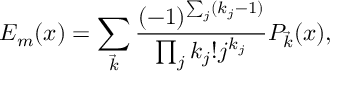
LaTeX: E _ { m } ( x ) = \sum _ { \vec { k } } { \frac { ( - 1 ) ^ { \sum _ { j } ( k _ { j } - 1 ) } } { \prod _ { j } k _ { j } ! j ^ { k _ { j } } } } P _ { \vec { k } } ( x ) ,